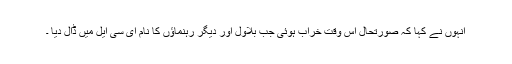
انہوں نے کہا کہ صورتحال اس وقت خراب ہوئی جب بلاول اور دیگر رہنماﺅں کا نام ای سی ایل میں ڈال دیا ۔